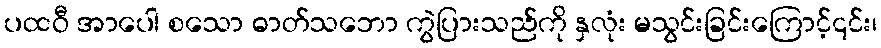
ပထဝီ အာပေါ စသော ဓာတ်သဘော ကွဲပြားသည်ကို နှလုံး မသွင်းခြင်းကြောင့်၎င်း၊